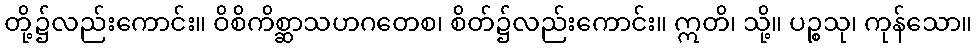
တို့၌လည်းကောင်း။ ဝိစိကိစ္ဆာသဟဂတေစ၊ စိတ်၌လည်းကောင်း။ ဣတိ၊ သို့။ ပဉ္စသု၊ ကုန်သော။